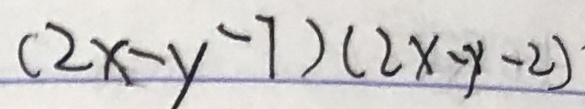
( 2 x - y - 7 ) ( 2 x - y - 2 )